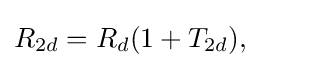
R_{2d}=R_{d}(1+T_{2d}),\qquad